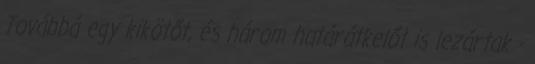
Továbbá egy kikötőt, és három határátkelőt is lezártak -